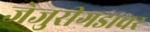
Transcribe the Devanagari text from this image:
जेजुरीगडावर